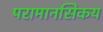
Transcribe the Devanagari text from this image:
परामानसिकय